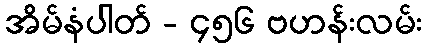
အိမ်နံပါတ် - ၄၅၆ ဗဟန်းလမ်း